Plague in India, 1896, 1897 - Volume 3
Year: 1896
Disease focus: Plague
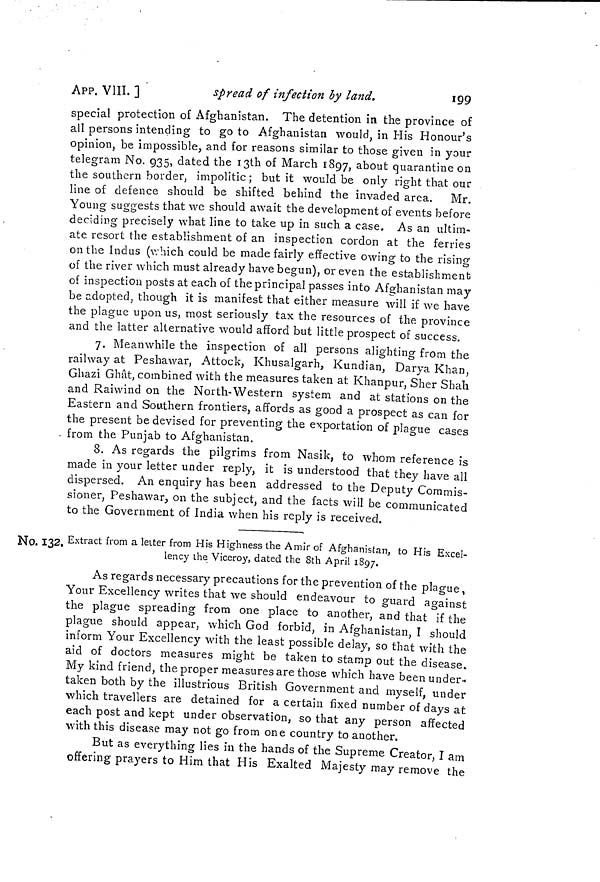
199
APP. VIII. ]
spread of infection by land.
special protection of Afghanistan. The detention in the province of
all persons intending to go to Afghanistan would, in His Honour's
opinion, be impossible, and for reasons similar to those given in your
telegram No. 935, dated the 13th of March 1897, about quarantine on
the southern border, impolitic ; but it would be only right that our
line of defence should be shifted behind the invaded area. Mr.
Young suggests that we should await the development of events before
deciding precisely what line to take up in such a case. As an ultim-
ate resort the establishment of an inspection cordon at the ferries
on the Indus (which could be made fairly effective owing to the rising
of the river which must already have begun), or even the establishment
of inspection posts at each of the principal passes into Afghanistan may
be adopted, though it is manifest that either measure will if we have
the plague upon us, most seriously tax the resources of the province
and the latter alternative would afford but little prospect of success.
7. Meanwhile the inspection of all persons alighting from the
railway at Peshawar, Attock, Khusalgarh, Kundian, Darya Khan,
Ghazi Ghât, combined with the measures taken at Khanpur, Slier Shah
and Raiwind on the North-Western system and at stations on the
Eastern and Southern frontiers, affords as good a prospect as can for
the present be devised for preventing the exportation of plague cases
- from the Punjab to Afghanistan.
8. As regards the pilgrims from Nasik, to whom reference is
made in your letter under reply, it is understood that they have all
dispersed. An enquiry has been addressed to the Deputy Commis-
sioner, Peshawar, on the subject, and the facts will be communicated
to the Government of India when his reply is received.
No. 132. Extract from a letter from His Highness the Amir of Afghanistan, to His Excel-
lency the Viceroy, dated the 8th April 1897.
As regards necessary precautions for the prevention of the plague,
Your Excellency writes that we should endeavour to guard against
the plague spreading from one place to another, and that if the
plague should appear, which God forbid, in Afghanistan, I should
inform Your Excellency with the least possible delay, so that with the
aid of doctors measures might be taken to stamp out the disease.
My kind friend, the proper measures are those which have been under-
taken both by the illustrious British Government and myself, under
which travellers are detained for a certain fixed number of days at
each post and kept under observation, so that any person affected
with this disease may not go from one country to another.
But as everything lies in the hands of the Supreme Creator, I am
offering prayers to Him that His Exalted Majesty may remove the